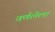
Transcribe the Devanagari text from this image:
वर्णलेला